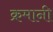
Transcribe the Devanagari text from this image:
क्रमानी